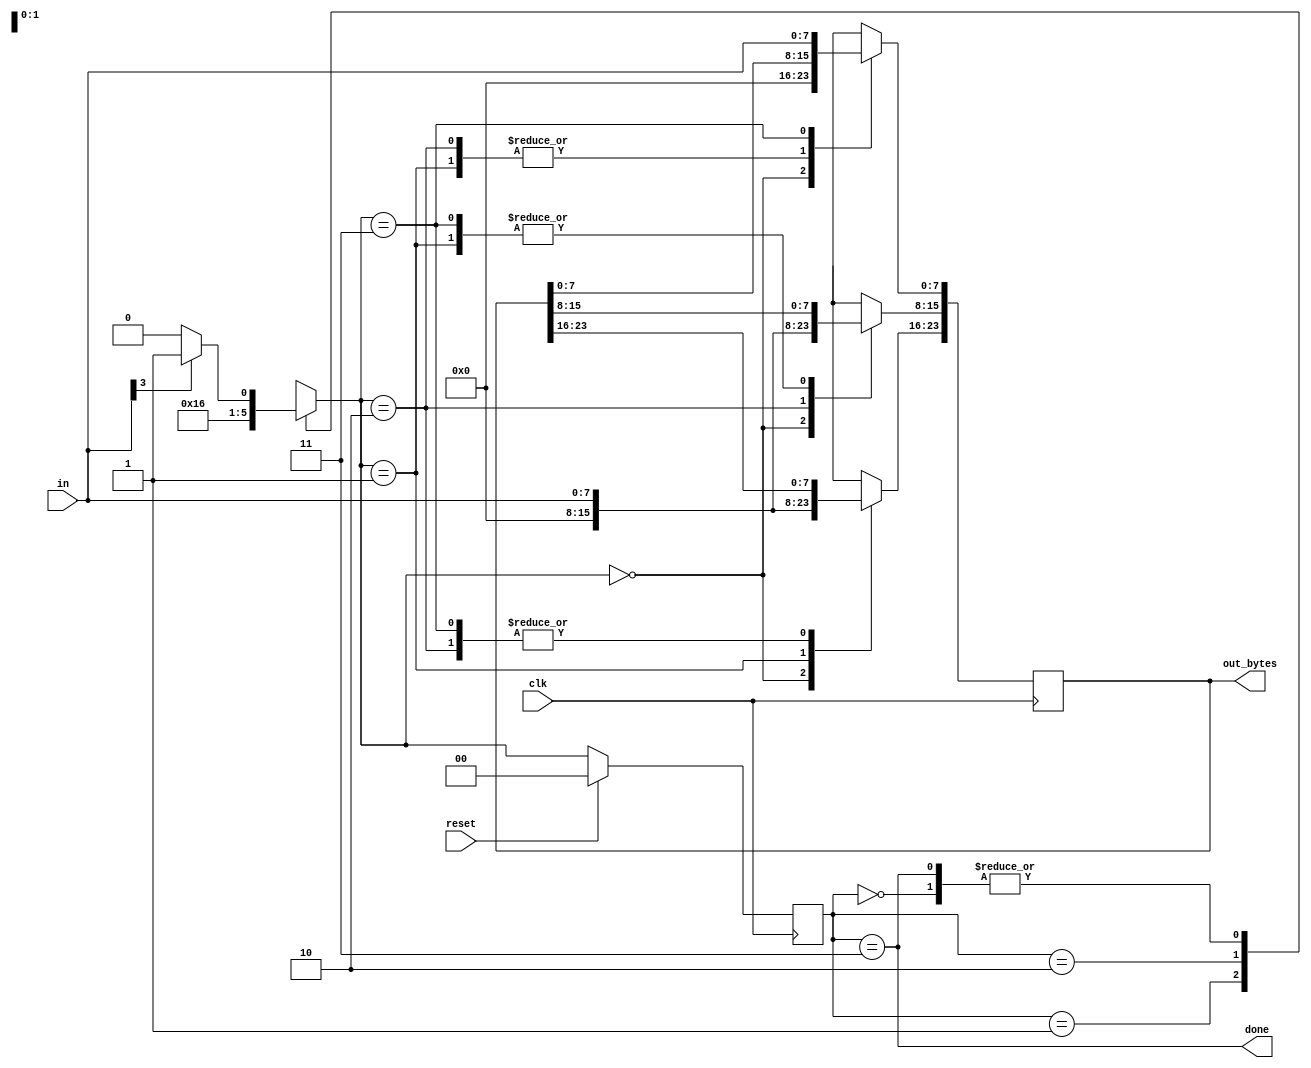
module top_module(
    input clk,
    input [7:0] in,
    input reset,    // Synchronous reset
    output [23:0] out_bytes,
    output done); //
    parameter idle=2'b00, p1=2'b01, p2=2'b10, p3=2'b11;
    reg [1:0]state, next;
    // FSM from fsm_ps2
    always@(*)begin
        case(state)
            idle: next = in[3]?p1:idle;
            p1: next = p2; 
            p2: next = p3;
            p3: next = in[3]?p1:idle;
        endcase
    end
    always@(posedge clk)begin
        if(reset) state <= idle;
        else state <= next;
        case(next)
            idle: out_bytes = 24'b0;
            p1: out_bytes[23:16] = in;
            p2: out_bytes[15:8] = in;
            p3: out_bytes[7:0] = in;
        endcase
    end
    // New: Datapath to store incoming bytes.
    assign done = state==p3;

endmodule